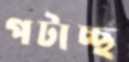
পটাচ্ছ